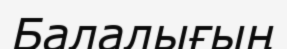
Балалығың